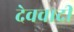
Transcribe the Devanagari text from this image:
देववादी